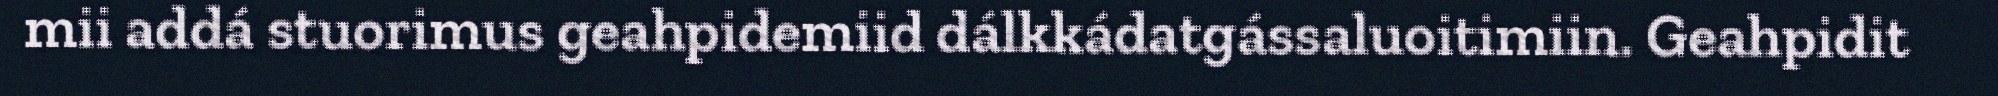
mii addá stuorimus geahpidemiid dálkkádatgássaluoitimiin. Geahpidit